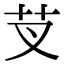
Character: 芆